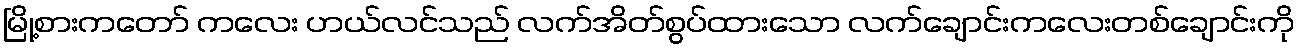
မြို့စားကတော် ကလေး ဟယ်လင်သည် လက်အိတ်စွပ်ထားသော လက်ချောင်းကလေးတစ်ချောင်းကို